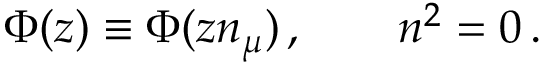
\Phi ( z ) \equiv \Phi ( z n _ { \mu } ) \, , \qquad n ^ { 2 } = 0 \, .